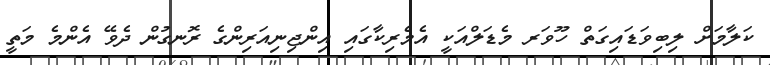
ކަލާމަށް ލިބިވަޑައިގަތް ހޫވަރ މެޑަލްއަކީ އެމެރިކާގައި އިންޖިނިއަރިންގެ ރޮނގުން ދެވޭ އެންމެ މަތީ